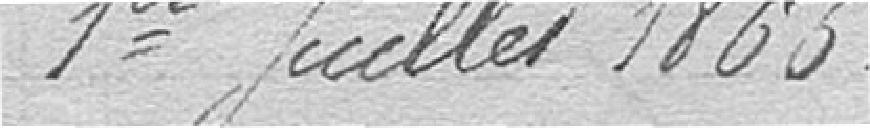
premier juillet 1865